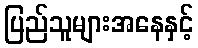
ပြည်သူများအနေနှင့်